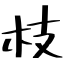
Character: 枝